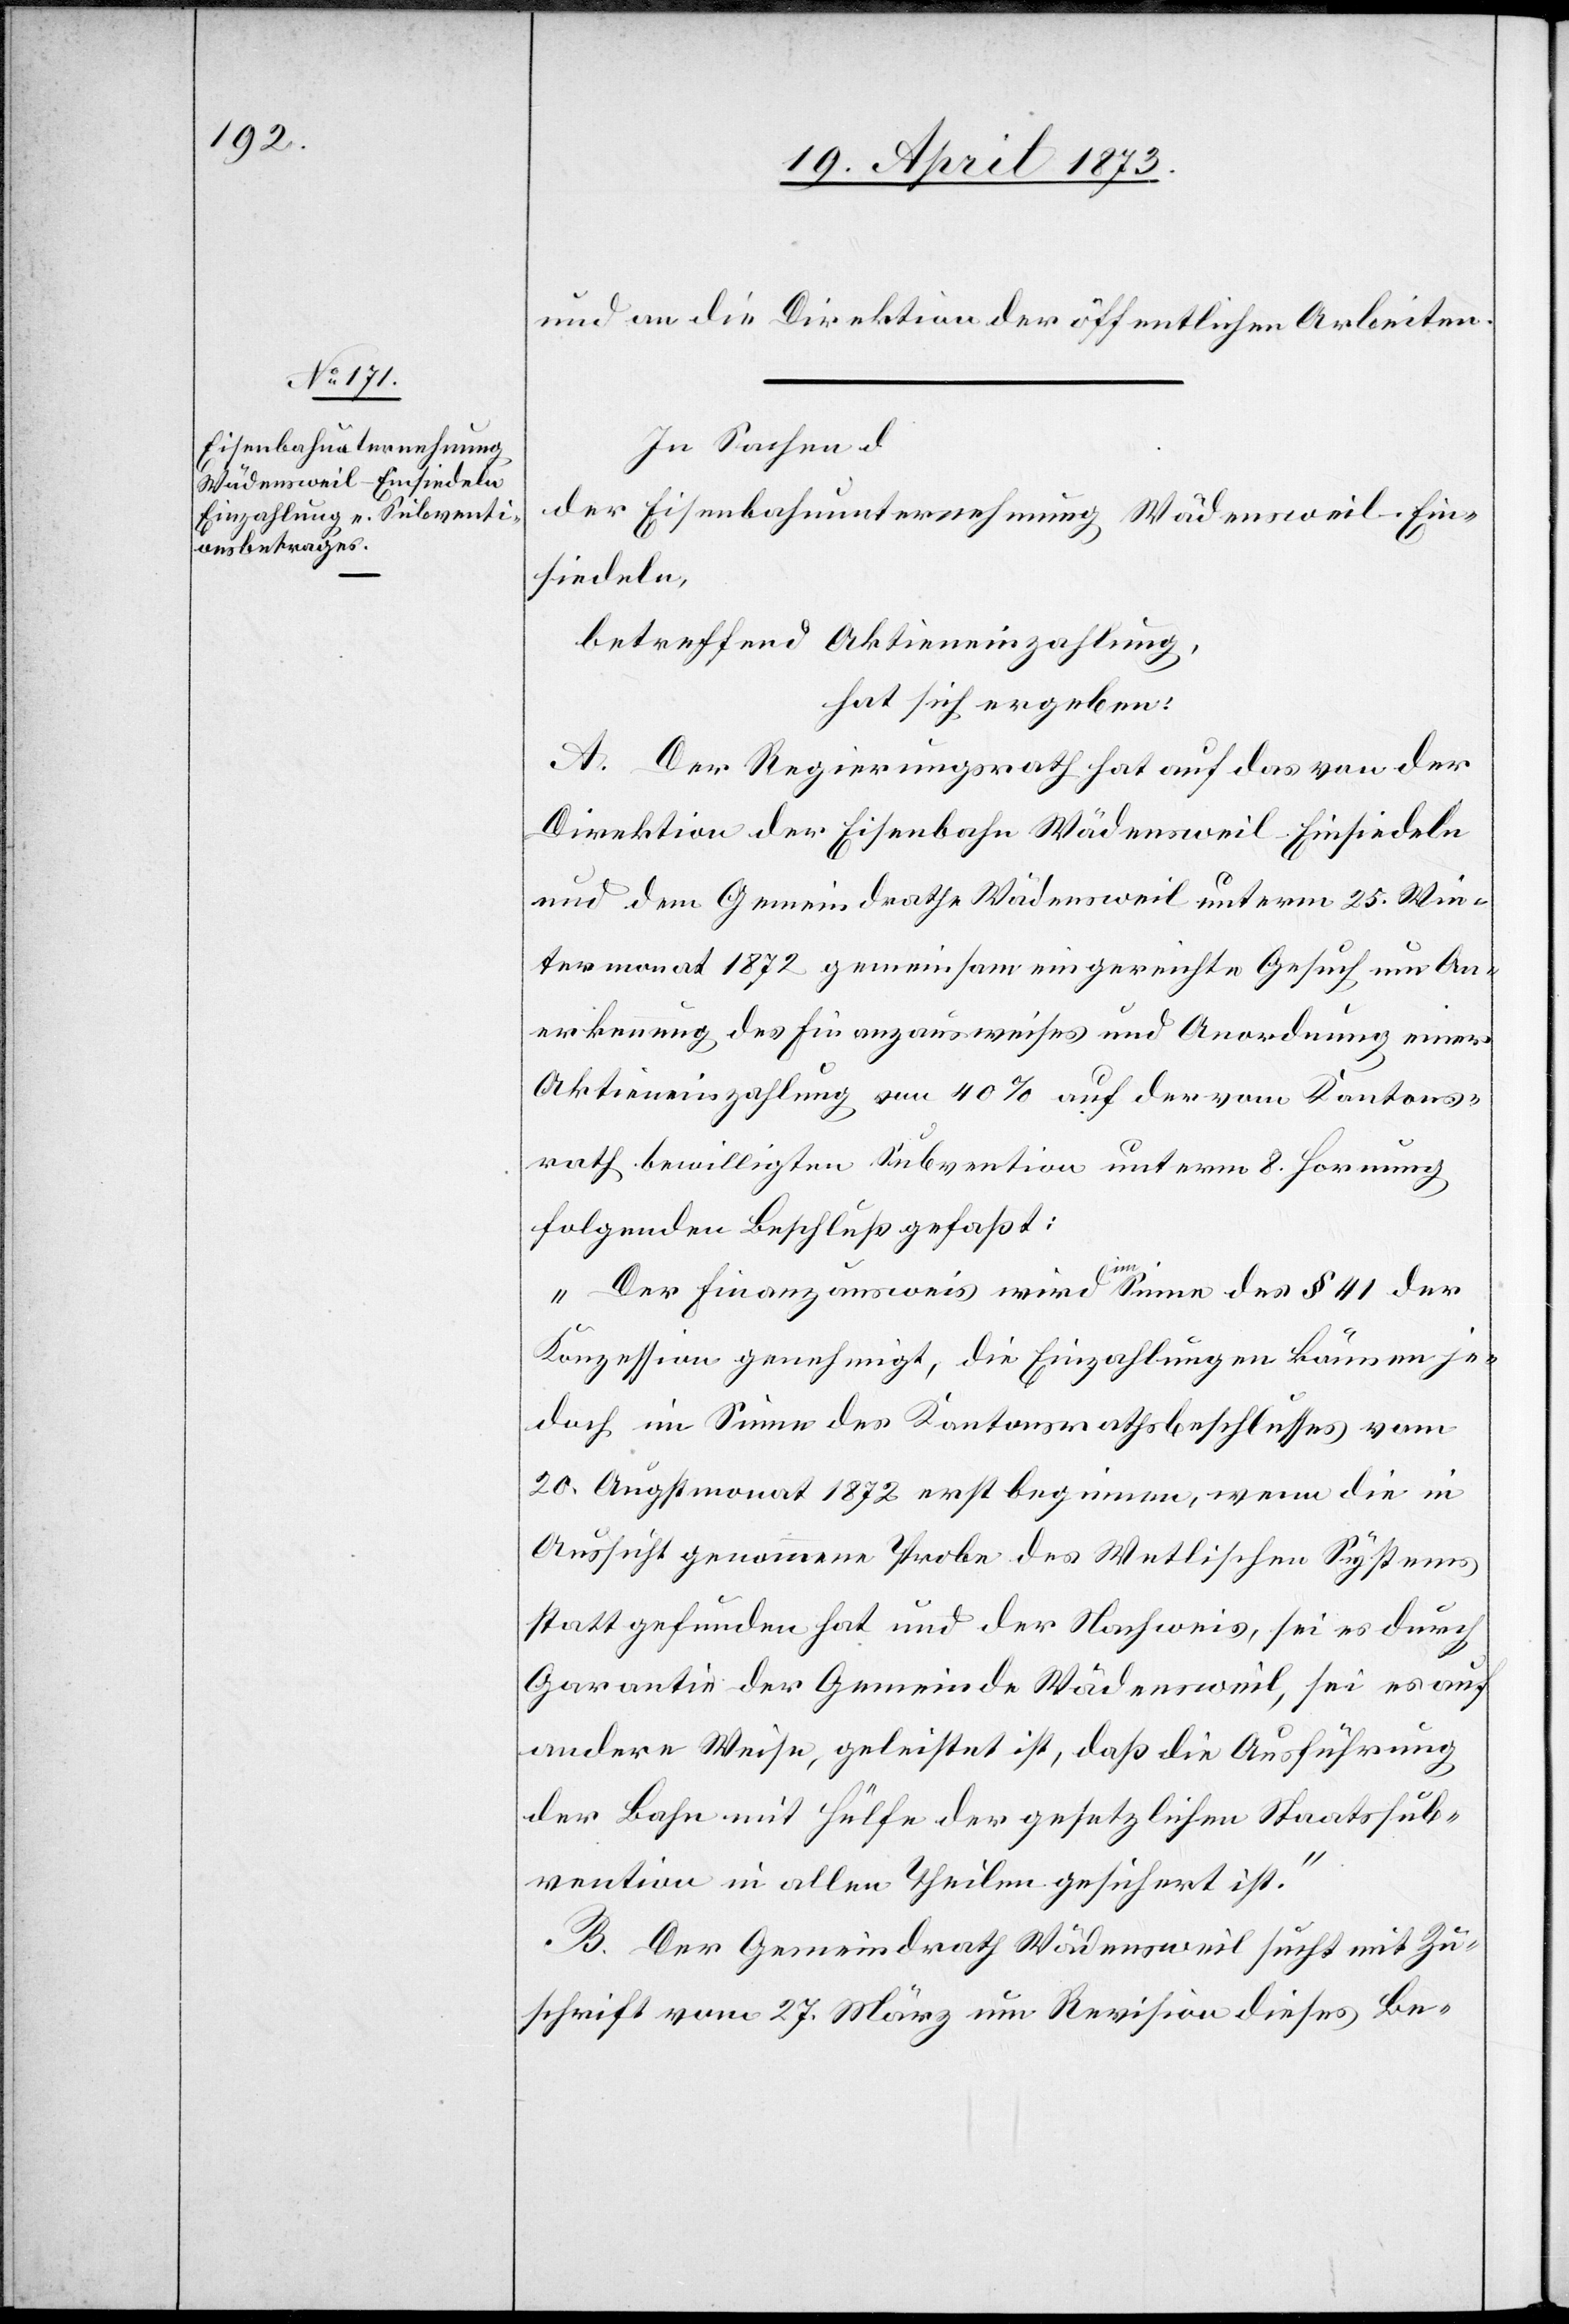
und an die Direktion der öffentlichen Arbeiten.
In Sachen
der Eisenbahnunternehmung Wädensweil–Ein¬
siedeln,
betreffend Aktieneinzahlung,
hat sich ergeben:
A. Der Regierungsrath hat auf das von der
Direktion der Eisenbahn Wädensweil–Einsiedeln
und dem Gemeindrathe Wädensweil unterm 25. Win¬
termonat 1872 gemeinsam eingereichte Gesuch um An¬
erkennung des Finanzausweises und Anordnung einer
Aktieneinzahlung von 40% auf der vom Kantons¬
rath bewilligten Subvention unterm 8. Hornung
folgenden Beschluß gefaßt:
„Der Finanzausweis wird im Sinne des § 41 der
Konzession genehmigt, die Einzahlungen können je¬
doch im Sinne des Kantonsrathsbeschlusses vom
20. Augstmonat 1872 erst beginnen, wenn die in
Aussicht genommene Probe des Wetlischen Systems
stattgefunden hat und der Nachweis, sei es durch
Garantie der Gemeinde Wädensweil, sei es auf
andere Weise, geleistet ist, daß die Ausführung
der Bahn mit Hülfe der gesetzlichen Staatssub¬
vention in allen Theilen gesichert ist.“
B. Der Gemeindrath Wädensweil sucht mit Zu¬
schrift vom 27. März um Revision dieses Be-